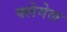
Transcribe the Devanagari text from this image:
फ्लेगेल